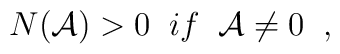
N({\cal A})>0 \; \; if \; \; {\cal A} \neq 0 \; \; ,